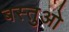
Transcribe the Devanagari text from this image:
बस्तुओ